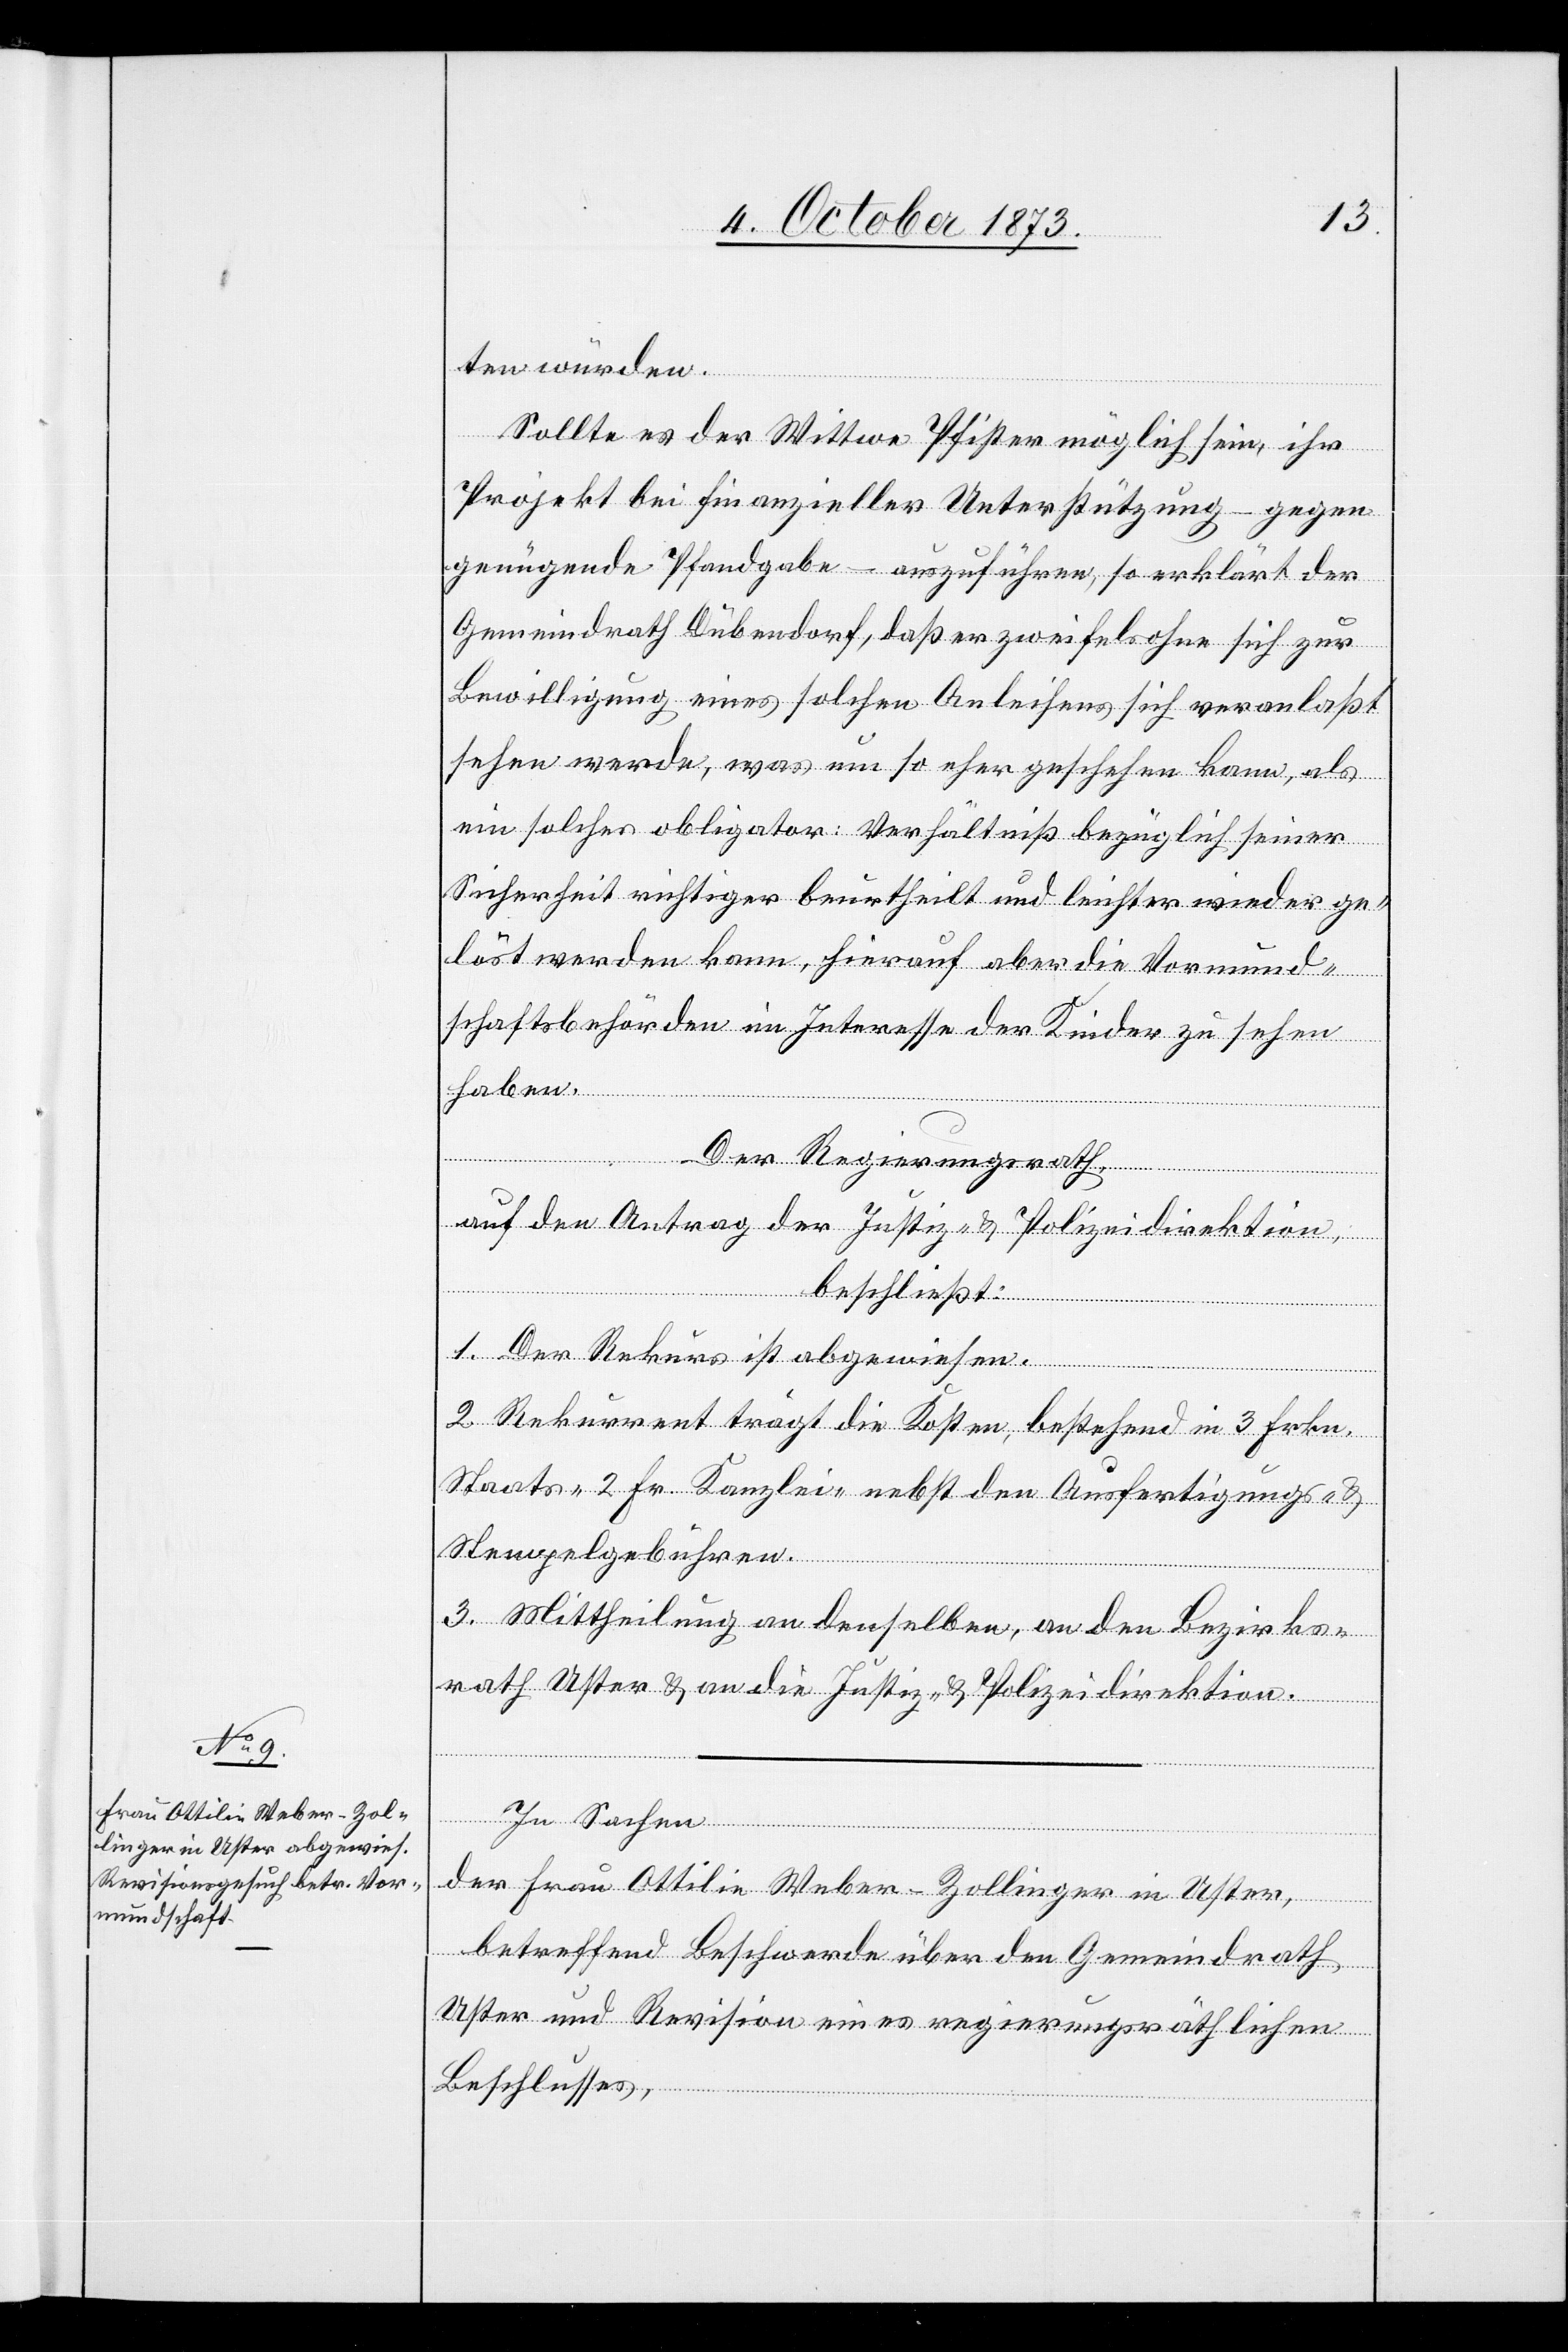
ten würden.
Sollte es der Wittwe Pfister möglich sein, ihr
Projekt bei finanzieller Unterstützung – gegen
genügende Pfandgabe – auszuführen, so erklärt der
Gemeindrath Dübendorf, daß er zweifelsohne sich zur
Bewilligung eines solchen Anleihens sich veranlaßt
sehen werde, was um so eher geschehen kann, als
ein solches obligator: Verhältniß bezüglich seiner
Sicherheit richtiger beurtheilt und leichter wieder ge¬
löst werden kann, hierauf aber die Vormund¬
schaftsbehörden im Interesse der Kinder zu sehen
haben.
Der Regierungsrath,
auf den Antrag der Justiz- & Polizeidirektion,
beschließt:
1. Der Rekurs ist abgewiesen.
2. Rekurrent trägt die Kosten, bestehend in 3 Frkn.
Staats- 2 Fr. Kanzlei- nebst den Ausfertigungs- &
Stempelgebühren.
3. Mittheilung an denselben, an den Bezirks¬
rath Uster & an die Justiz- & Polizeidirektion.
In Sachen
der Frau Ottilie Weber-Zollinger in Uster,
betreffend Beschwerde über den Gemeindrath
Uster und Revision eines regierungsräthlichen
Beschlusses,